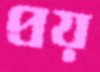
প্রয়